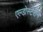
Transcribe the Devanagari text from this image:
एल्डोस्टेरोन